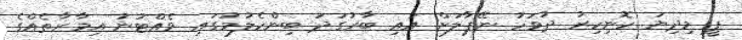
ޕީ މިދިޔަ ހޮނިހިރު ދުވަހު ނޭޕާލަށް އައި ބާރުގަދަ ބިންހެލުމުގައި ވެއްޓުނު އިމާރާތެއްގެ